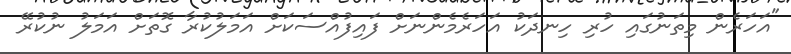
"އަހަރެން މިތަނުގައި ހުރި ހިނދަކު އަހަރެމެންނަށް ފައިފުއްސަކަށް އަމަލުކުރާ ގޮތަށް އަމަލު ނުކުރޭ